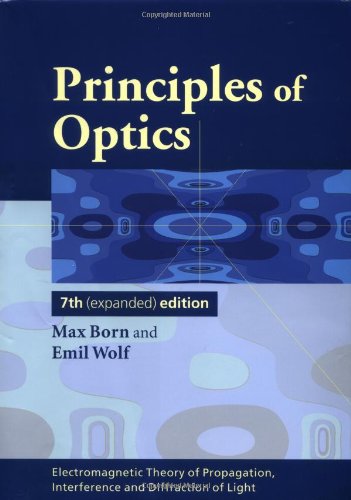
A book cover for Principles of Optics: Electromagnetic Theory of Propagation, Interference and Diffraction of Light; Max Born; Science & Math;